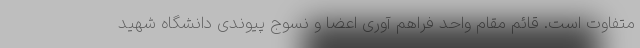
متفاوت است. قائم مقام واحد فراهم آوری اعضا و نسوج پیوندی دانشگاه شهید